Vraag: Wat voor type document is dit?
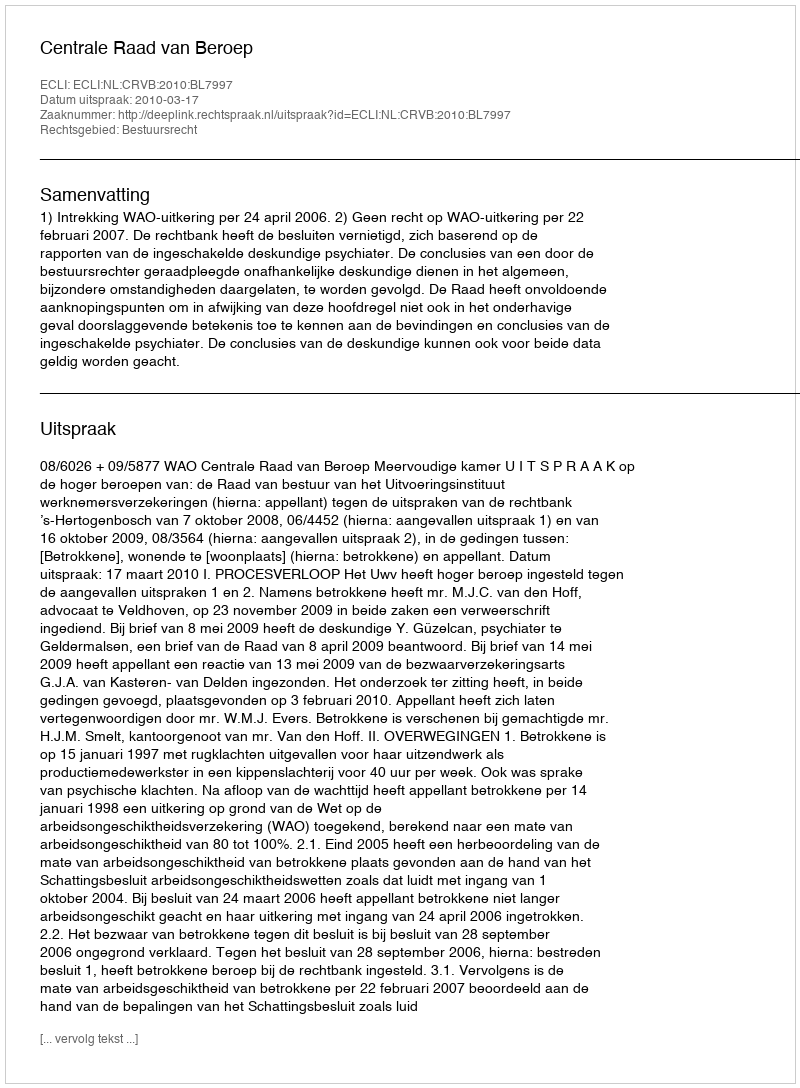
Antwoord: Uitspraak